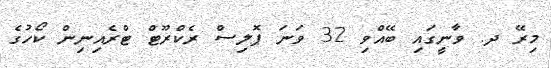
މިރޭ ދ. ވާނީގައި ބޭއްވި 32 ވަނަ ޕޮލިސް ރެކްރޫޓް ޓްރެއިނިން ކޯހުގެ